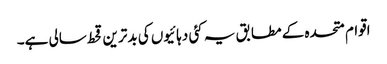
اقوام متحدہ کے مطابق یہ کئی دہائیوں کی بدترین قحط سالی ہے۔